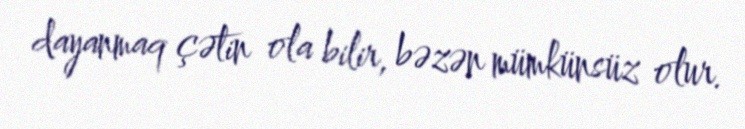
dayanmaq çətin ola bilir, bəzən mümkünsüz olur.